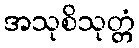
အသုစိသုတ္တံ